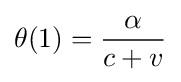
\theta (1)={\frac {\alpha }{c+v}}